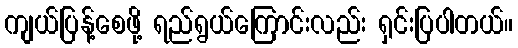
ကျယ်ပြန့်စေဖို့ ရည်ရွယ်ကြောင်းလည်း ရှင်းပြပါတယ်။